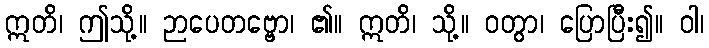
ဣတိ၊ ဤသို့။ ဉာပေတဗ္ဗော၊ ၏။ ဣတိ၊ သို့။ ဝတွာ၊ ပြောပြီး၍။ ဝါ၊